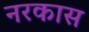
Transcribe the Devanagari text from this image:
नरकास